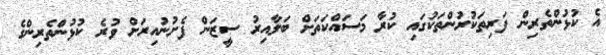
އެ ކުޅުންތެރިން ފަރިތަކުރުންތަކުގައި ކުރާ މަސައްކަތަށް ބަލާއިރު ސީޒަން ފެށުނުއިރަށް ވުރެ ކުޅުންތެރިންގެ